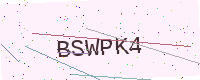
Text: BSWPK4